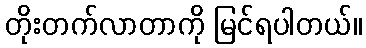
တိုးတက်လာတာကို မြင်ရပါတယ်။